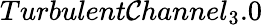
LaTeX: Turbulent\mathcal{C}hannel_{3}.0